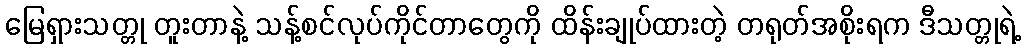
မြေရှားသတ္တု တူးတာနဲ့ သန့်စင်လုပ်ကိုင်တာတွေကို ထိန်းချုပ်ထားတဲ့ တရုတ်အစိုးရက ဒီသတ္တုရဲ့